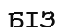
БІЗ